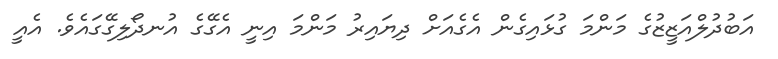
އަބުދުލްއަޒީޒުގެ މަންމަ ގުޅައިގެން އެގެއަށް ދިޔައިރު މަންމަ އިނީ އެގޭގެ އުނދޯލިގޭގައެވެ. އެއީ